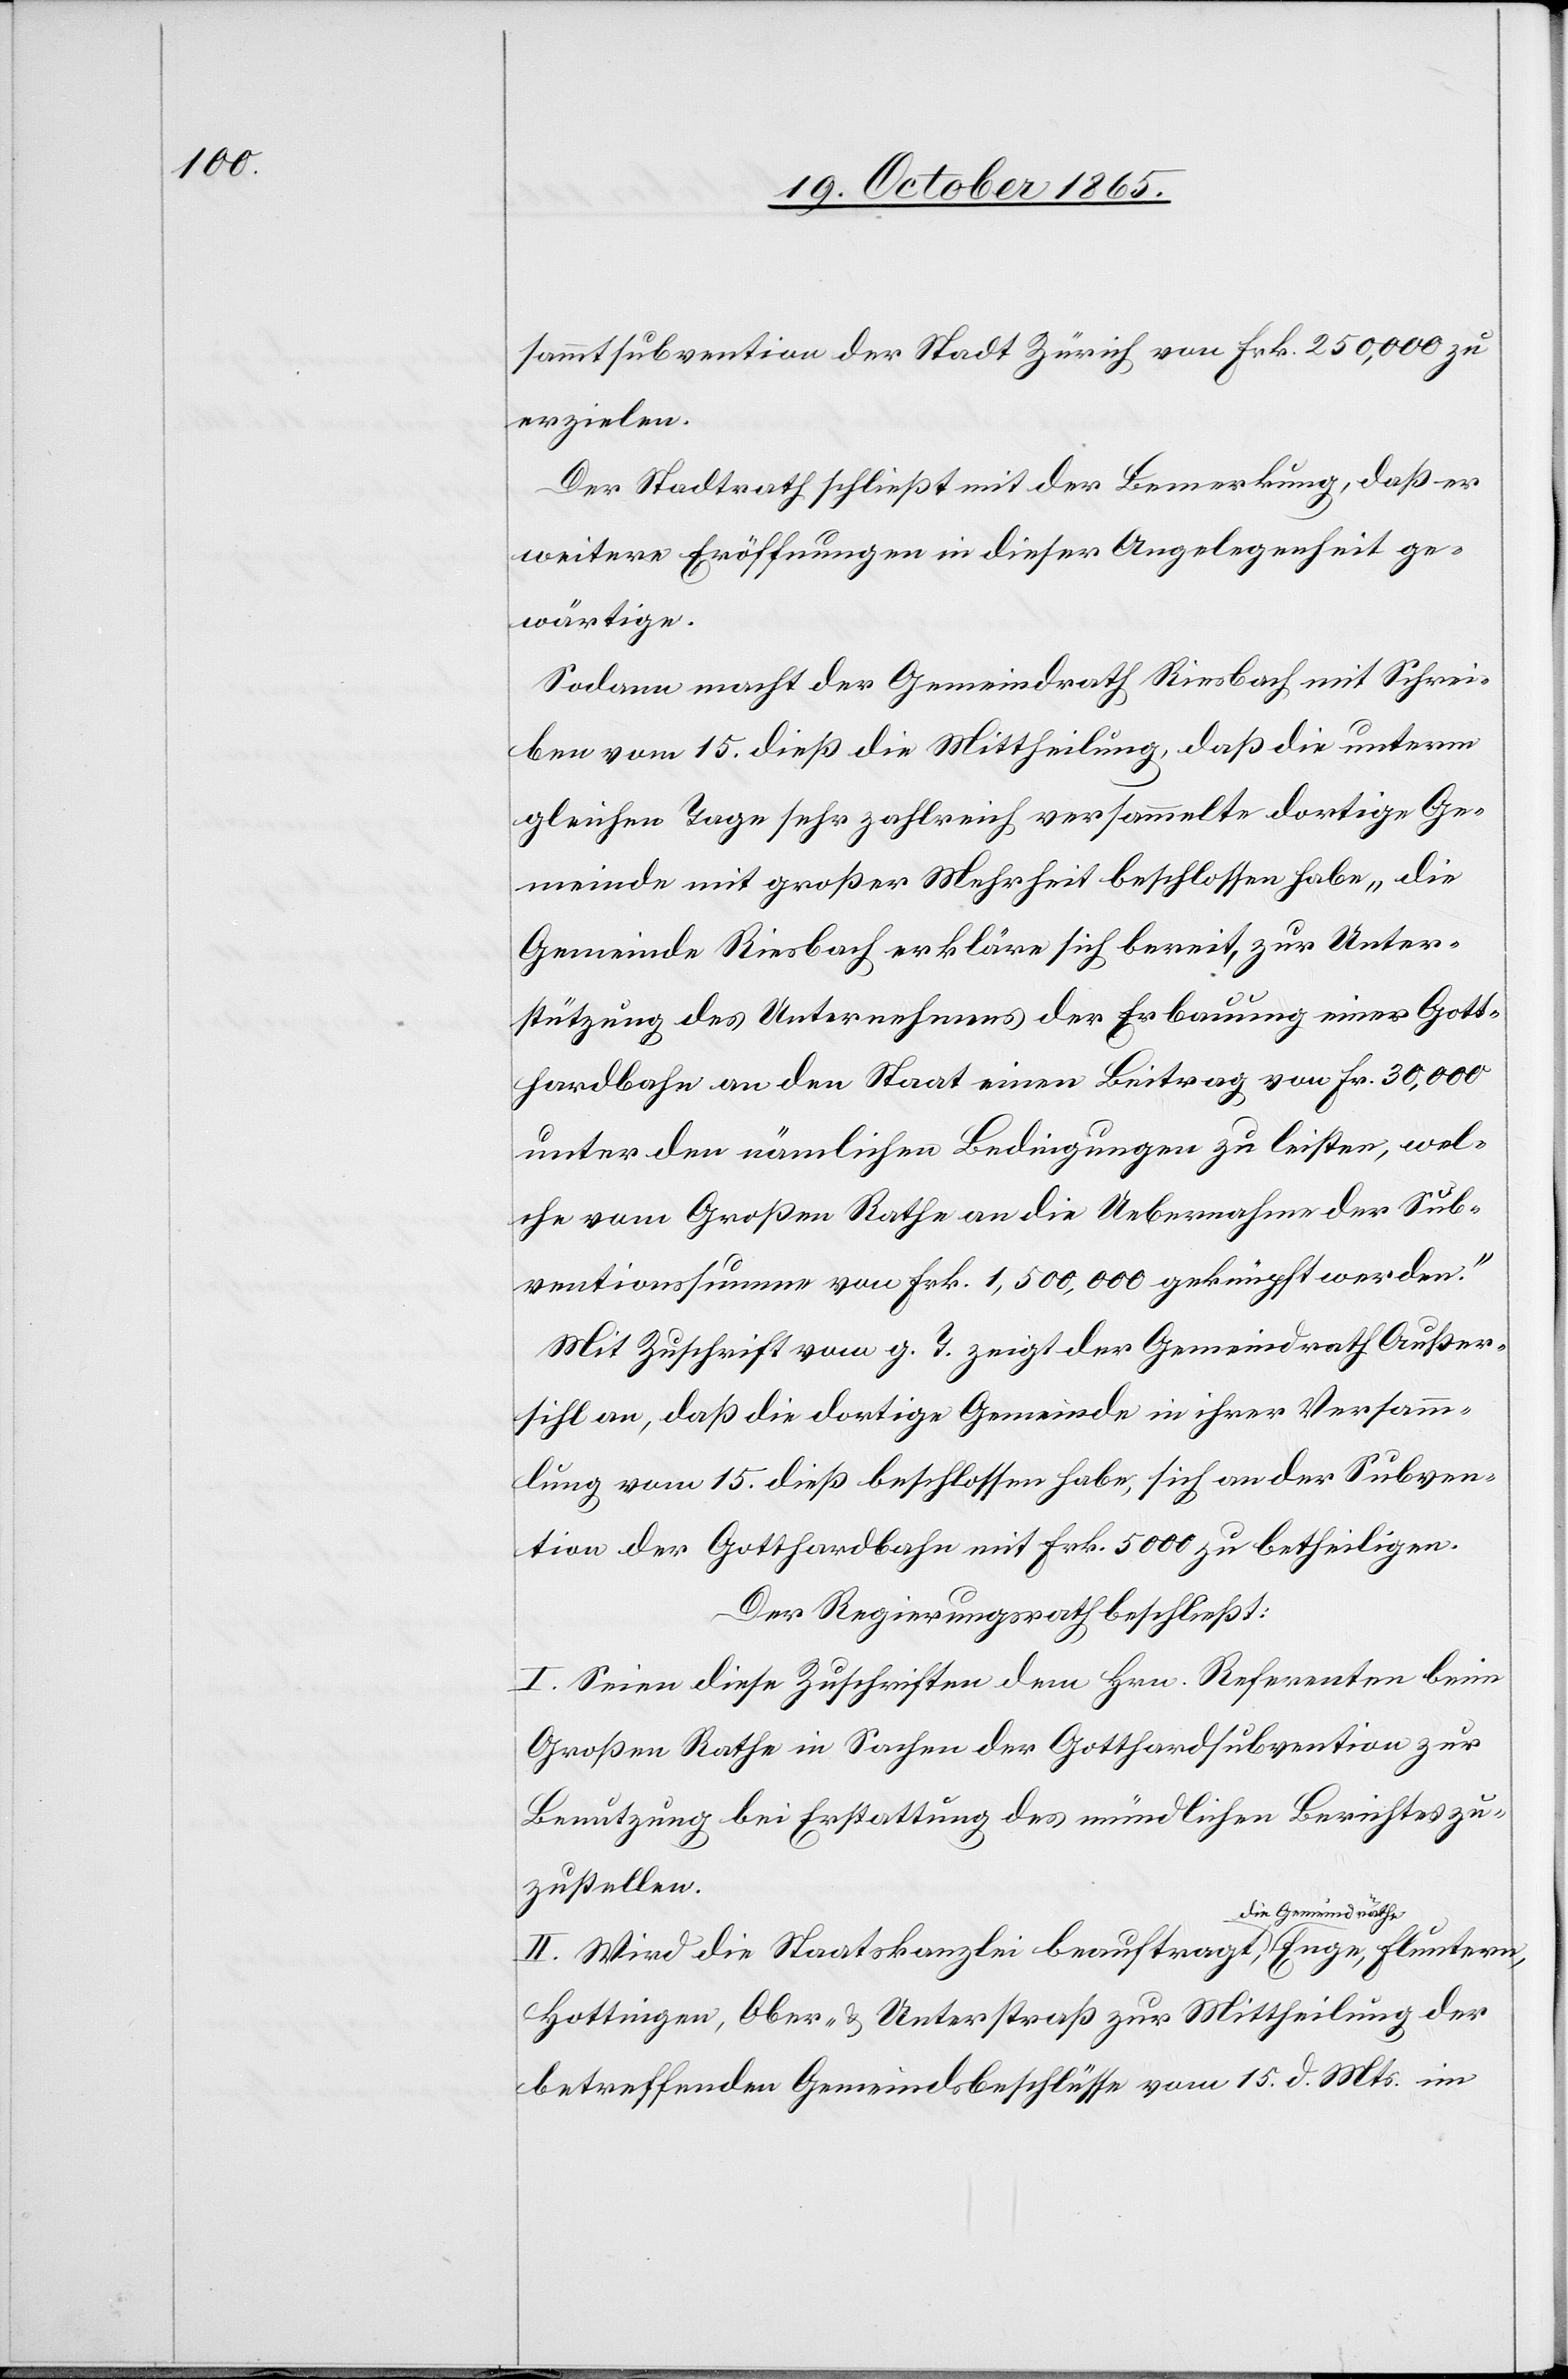
sammtsubvention der Stadt Zürich von Frk. 250,000 zu
erzielen.
Der Stadtrath schließt mit der Bemerkung, daß er
weitere Eröffnungen in dieser Angelegenheit ge¬
wärtige.
Sodann macht der Gemeindrath Riesbach mit Schrei¬
ben vom 15. dieß die Mittheilung, daß die unterm
gleichen Tage sehr zahlreich versammelte dortige Ge¬
meinde mit großer Mehrheit beschlossen habe „die
Gemeinde Riesbach erkläre sich bereit, zur Unter¬
stützung des Unternehmens der Erbauung einer Gott¬
hardbahn an den Staat einen Beitrag von Fr. 30,000
unter den nämlichen Bedingungen zu leisten, wel¬
che vom Großen Rathe an die Uebernahme der Sub¬
ventionssumme von Frk. 1,500,000 geknüpft werden.“
Mit Zuschrift vom g. T. zeigt der Gemeindrath Außer¬
sihl an, daß die dortige Gemeinde in ihrer Versamm¬
lung vom 15. dieß beschlossen habe, sich an der Subven¬
tion der Gotthardbahn mit Frk. 5000 zu betheiligen.
Der Regierungsrath beschließt:
I. Seien diese Zuschriften dem Hrn. Referenten beim
Großen Rathe in Sachen der Gotthardsubvention zur
Benutzung bei Erstattung des mündlichen Berichtes zu¬
zustellen.
II. Wird die Staatskanzlei beauftragt, die Gemeindräthe
Hottingen, Ober- & Unterstraß zur Mittheilung der
betreffenden Gemeindsbeschlüsse vom 15. d. Mts. im